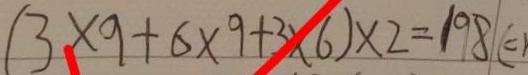
( 3 \times 9 + 6 \times 9 + 3 \times 6 ) \times 2 = 1 9 8 \vert ( c